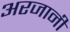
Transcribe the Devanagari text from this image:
अरजानी